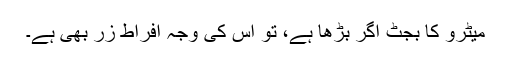
میٹرو کا بجٹ اگر بڑھا ہے، تو اس کی وجہ افراطِ زر بھی ہے۔